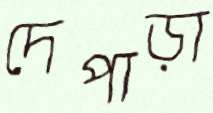
দেপাড়া